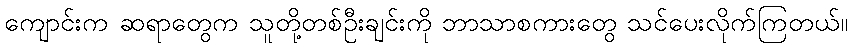
ကျောင်းက ဆရာတွေက သူတို့တစ်ဦးချင်းကို ဘာသာစကားတွေ သင်ပေးလိုက်ကြတယ်။